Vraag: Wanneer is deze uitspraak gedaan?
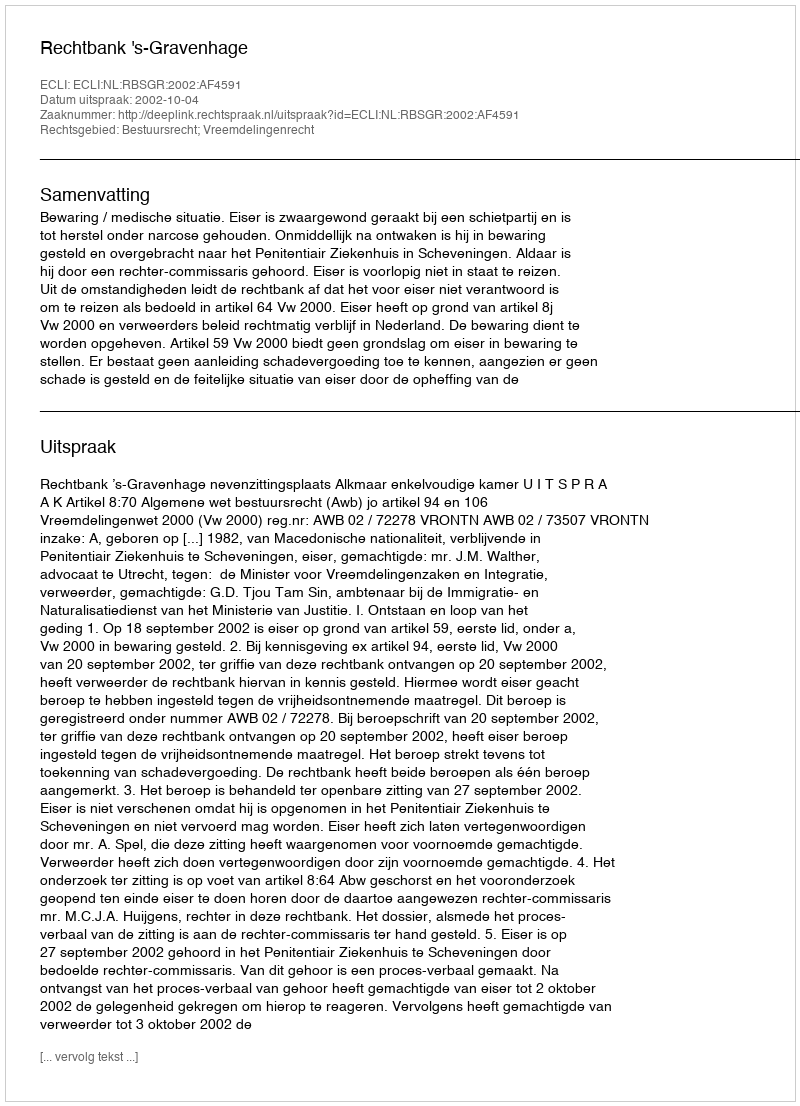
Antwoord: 2002-10-04